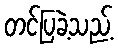
တင်ပြခဲ့သည့်